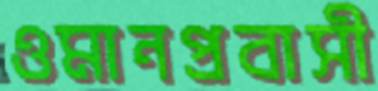
ওমানপ্রবাসী